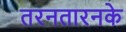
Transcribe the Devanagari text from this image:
तरनतारनके